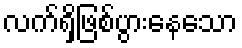
လက်ရှိဖြစ်ပွားနေသော